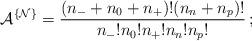
LaTeX: \begin{align*}{\cal A}^{\{{\cal N}\}} =\frac{(n_{-}+n_0+n_{+})!(n_n+n_p)!}{n_{-}!n_0!n_{+}!n_n!n_p!}\,;\end{align*}